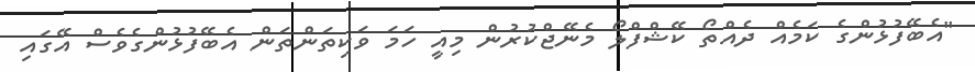
"އެބޭފުޅުންގެ ކަމެއް ދެއްތޯ ކޭޝްފްލޯ މެނޭޖްކުރުން މިއީ ހަމަ ވަކިތަންތަން އެބޭފުޅުންގެވެސް އޭގައި